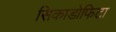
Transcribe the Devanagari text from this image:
सिकाडोफिटा